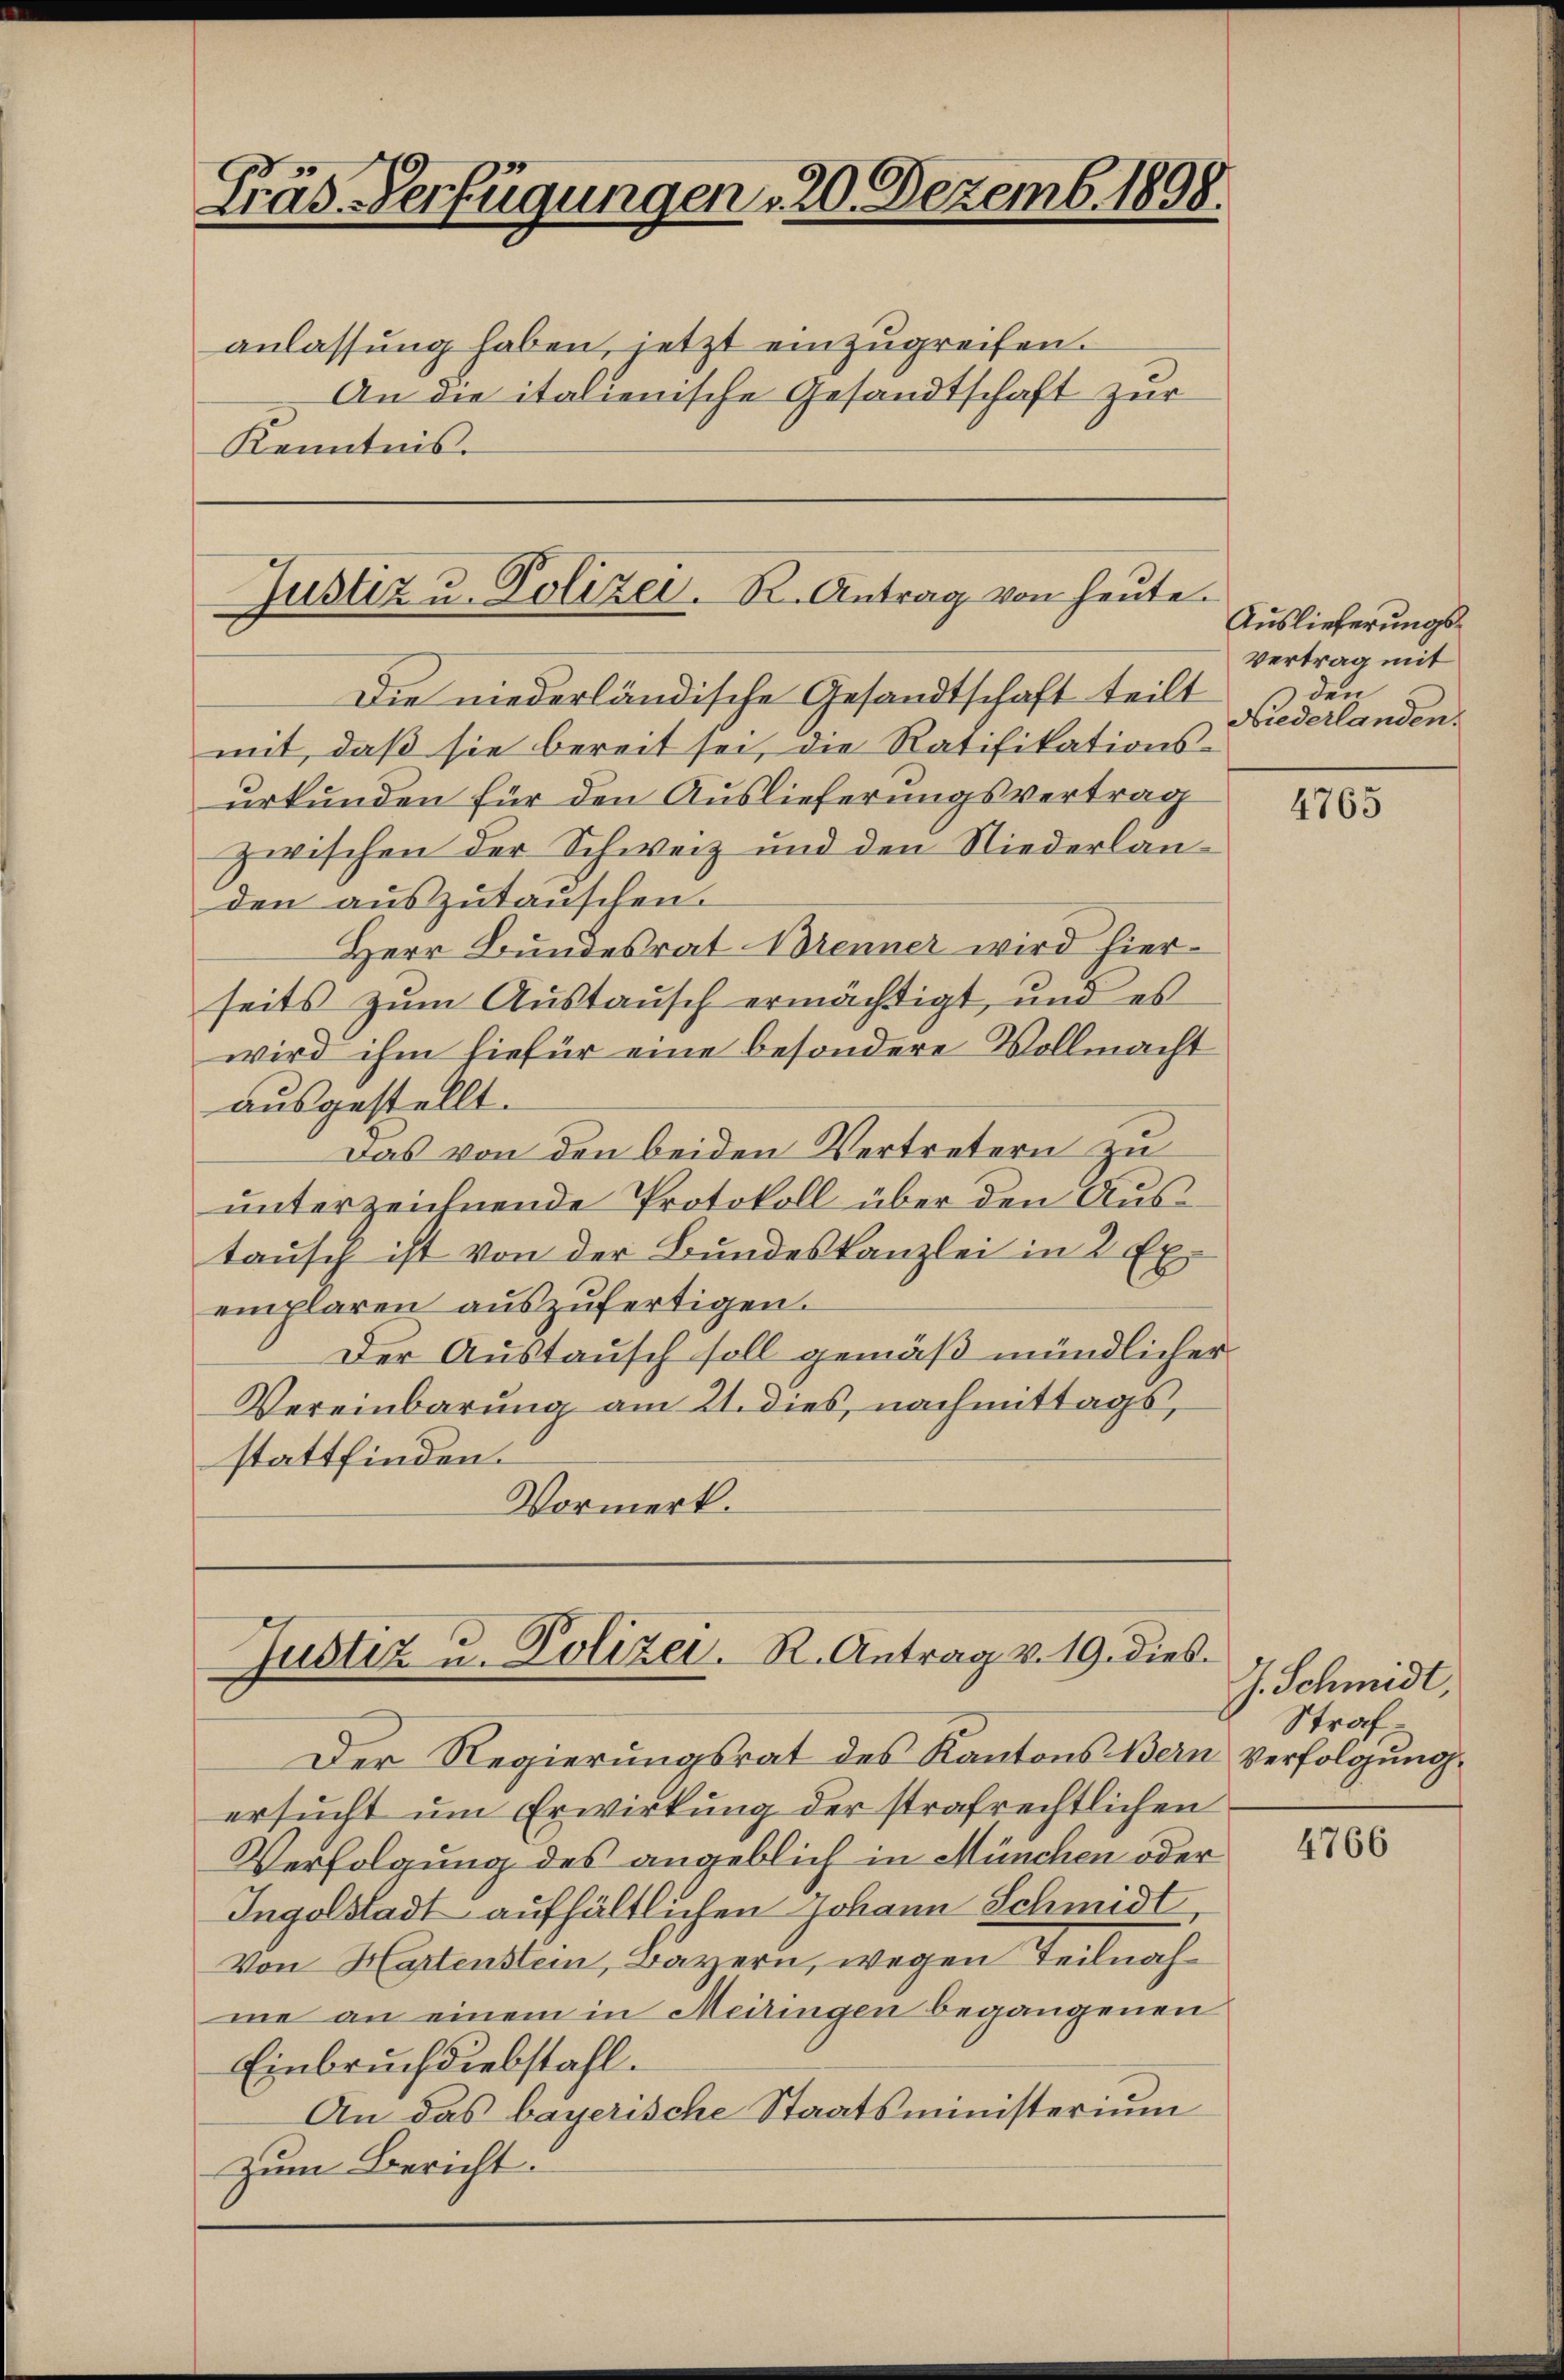
Präs. Verfügungen 20. Dezemb. 1898.

anlassung haben, jetzt einzugreifen.
An die italienische Gesandtschaft zur
Kenntnis.

Justiz u. Polizei. R. Antrag von heute.

Justiz u. Polizei. R. Antrag v. 19. dies

Die niederländische Gesandtschaft teilt
mit, daß sie bereit sei, die Ratifikations-
urkunden für den Auslieferungsvertrag
zwischen der Schweiz und den Niederlanden auszutauschen.
Herr Bundesrat Brenner wird hierseits zum Austausch ermächtigt, und es
wird ihm hiefür eine besondere Vollmacht
ausgestellt.
Das von den beiden Vertretern zu
unterzeichnende Protokoll über den Austausch ist von der Bundeskanzlei in 2 Exemplaren auszufertigen.
Der Austausch soll gemäß mündlicher
Vereinbarung am 21. dies, nachmittags,
stattfinden.
Vormerk.

Auslieferungs¬
Vertrag mit
den
Niederlanden.

Der Regierungsrat des Kantons Bern verfolgung
ersucht um Erwirkung der strafrechtlichen
Verfolgung des angeblich in München oder
Ingelstadt aufhältlichen Johann Schmidt
Von Hartenstein, Bayern, wegen Teilnahme an einem in Meilingen begangenen
Einbruch diebstahl.
An das bayerische Staatsministerium
Zum Bericht.

4765

J. Schmidt,
Straf¬

4766